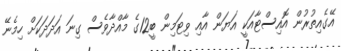
އޭގެއިތުރުން އޮއިސްޓާއަކީ އަޔަން އާއި ވިޓަމިން ބީ12ގެ މާއްދާވެސް ގިނަ އަދަދަކަށް ހިމެނޭ